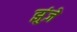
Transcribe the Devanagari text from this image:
झुंजे